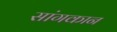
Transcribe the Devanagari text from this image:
सांगकान